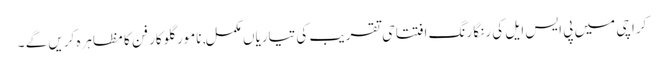
کراچی میں پی ایس ایل کی رنگا رنگ افتتاحی تقریب کی تیاریاں مکمل, نامور گلوکار فن کا مظاہرہ کریں گے ۔